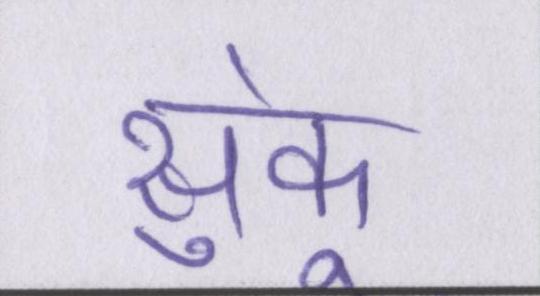
सुकूं